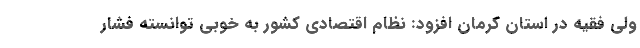
ولی فقیه در استان کرمان افزود: نظام اقتصادی کشور به خوبی توانسته فشار